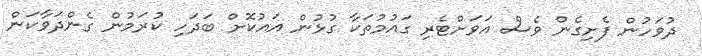
ދުވަހުން ފެށިގެން ވެސް އަވަށްޓެރި ގައުމުތަކާ ގުޅުން އައުކޮށް ބަދަހި ކުރަމުން ގެންދަވާކަން